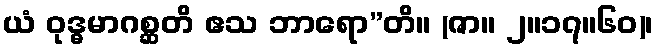
ယံ ဝုဒ္ဓမာဂစ္ဆတိ ဧသ ဘာရော”တိ။ (ဇာ။ ၂။၁၇။၆၀)၊